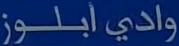
وادي أبلوز